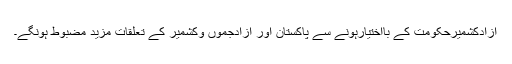
آزادکشمیرحکومت کے بااختیارہونے سے پاکستان اور آزادجموں وکشمیر کے تعلقات مزید مضبوط ہونگے۔